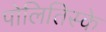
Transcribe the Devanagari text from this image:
पोलितिस्के